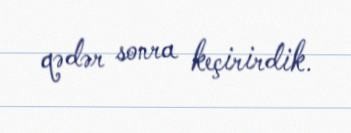
qədər sonra keçirirdik.